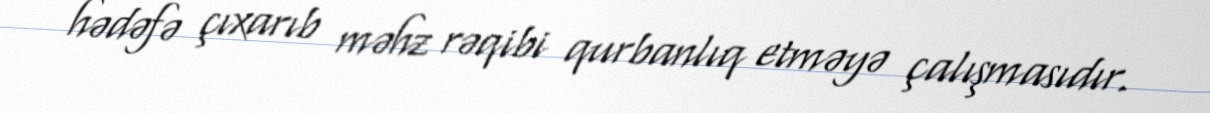
hədəfə çıxarıb məhz rəqibi qurbanlıq etməyə çalışmasıdır.